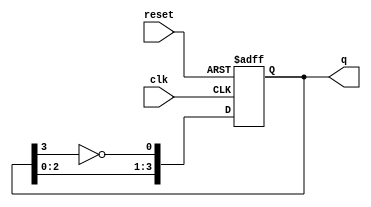
module johnson_counter (
    input wire clk,          // Clock input
    input wire reset,        // Asynchronous reset input
    output reg [3:0] q       // 4-bit output
);

    // Always block triggered on the rising edge of the clock or reset
    always @(posedge clk or posedge reset) begin
        if (reset) begin
            q <= 4'b0000;    // Reset the counter to 0000
        end else begin
            // Johnson counter logic
            q[0] <= ~q[3];    // Inverted output of the last flip-flop to the first
            q[1] <= q[0];     // Shift the state
            q[2] <= q[1];     // Shift the state
            q[3] <= q[2];     // Shift the state
        end
    end

endmodule